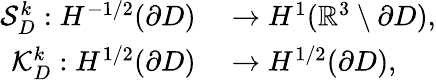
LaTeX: \begin{array}{rl}{\mathcal{S}_{D}^{k}:H^{-1/2}(\partial D)}&{{}\rightarrow H^{1}(\mathbb{R}^{3}\setminus\partial D),}\\ {\mathcal{K}_{D}^{k}:H^{1/2}(\partial D)}&{{}\rightarrow H^{1/2}(\partial D),}\end{array}